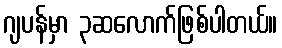
ဂျပန်မှာ ၃ဆလောက်ဖြစ်ပါတယ်။